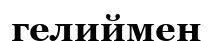
гелиймен